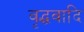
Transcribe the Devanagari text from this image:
वृद्धवादि